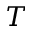
T